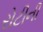
રોટીની